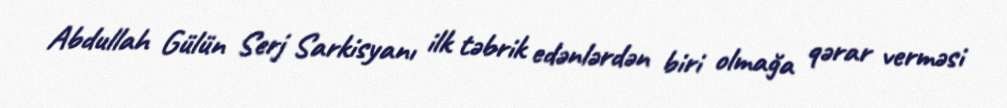
Abdullah Gülün Serj Sarkisyanı ilk təbrik edənlərdən biri olmağa qərar verməsi